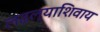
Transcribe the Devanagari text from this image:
लढल्याशिवाय